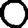
Digit: 0